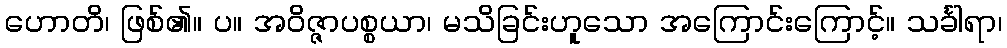
ဟောတိ၊ ဖြစ်၏။ ပ။ အဝိဇ္ဇာပစ္စယာ၊ မသိခြင်းဟူသော အကြောင်းကြောင့်။ သင်္ခါရာ၊